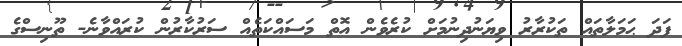
ފަދަ ޙަމަލާތައް ތަކުރާރު ވިޔަނުދިނުމަށް ކުރެވެން އޮތް މަސައްކަތެއް ސަރުކާރުން ކުރައްވާނެ- ތޫނިސްގެ